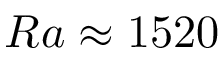
{ R a \approx 1 5 2 0 }